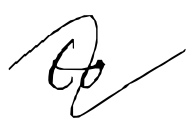
Text: to
Cross-out: wave
Writing tool: digital_black